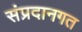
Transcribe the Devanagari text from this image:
संप्रदानगत